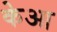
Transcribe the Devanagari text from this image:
केआ